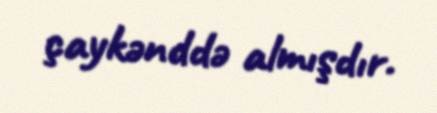
çaykənddə almışdır.